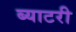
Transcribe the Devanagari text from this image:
ब्याटरी